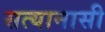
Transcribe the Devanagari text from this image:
सत्यानासी